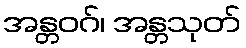
အန္တဝဂ်၊ အန္တသုတ်